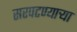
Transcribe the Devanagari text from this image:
सरपटण्याऱ्या